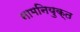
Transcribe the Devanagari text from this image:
नामनियुक्त